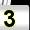
Digit: 3